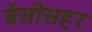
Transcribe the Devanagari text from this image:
बेंसीसहर